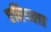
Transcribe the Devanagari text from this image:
एरियला